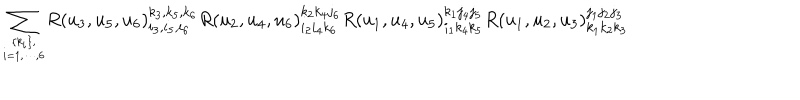
LaTeX: { } ~ { \displaystyle \sum _ { \{ k _ { i } \} , \atop i = 1 , \cdots , 6 } } R ( u _ { 3 } , u _ { 5 } , u _ { 6 } ) _ { i _ { 3 } , i _ { 5 } , i _ { 6 } } ^ { k _ { 3 } , k _ { 5 } , k _ { 6 } } R ( u _ { 2 } , u _ { 4 } , u _ { 6 } ) _ { i _ { 2 } i _ { 4 } k _ { 6 } } ^ { k _ { 2 } k _ { 4 } j _ { 6 } } R ( u _ { 1 } , u _ { 4 } , u _ { 5 } ) _ { i _ { 1 } k _ { 4 } k _ { 5 } } ^ { k _ { 1 } j _ { 4 } j _ { 5 } } R ( u _ { 1 } , u _ { 2 } , u _ { 3 } ) _ { k _ { 1 } k _ { 2 } k _ { 3 } } ^ { j _ { 1 } j _ { 2 } j _ { 3 } }